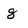
Character: g